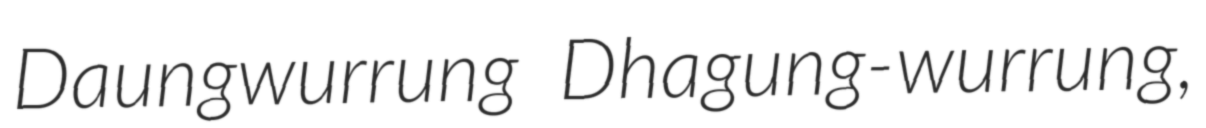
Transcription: Daungwurrung Dhagung-wurrung,